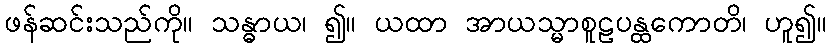
ဖန်ဆင်းသည်ကို။ သန္ဓာယ၊ ၍။ ယထာ အာယသ္မာစူဠပန္ထကောတိ၊ ဟူ၍။